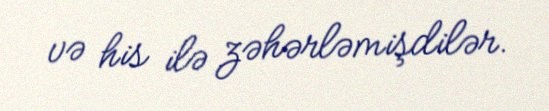
və his ilə zəhərləmişdilər.